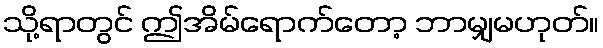
သို့ရာတွင် ဤအိမ်ရောက်တော့ ဘာမျှမဟုတ်။